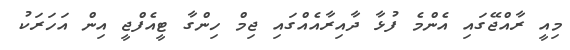
މިއީ ރާއްޖޭގައި އެންމެ ފުޅާ ދާއިރާއެއްގައި ޖިމް ހިންގާ ޓީއެފްޖީ އިން އަހަރަކު